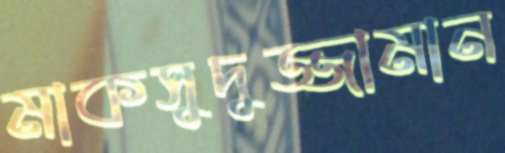
মাকসুদুজ্জামান